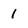
Character: l